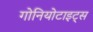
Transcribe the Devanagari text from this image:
गोनियोटाइट्स